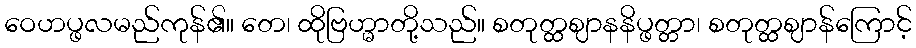
ဝေဟပ္ဖလမည်ကုန်၏။ တေ၊ ထိုဗြဟ္မာတို့သည်။ စတုတ္ထဈာနနိပ္ဖတ္တာ၊ စတုတ္ထဈာန်ကြောင့်